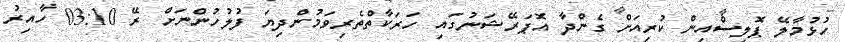
ހުޅުމާލޭ ޕޮލިސްއިން ކުރިއަށް ގެންދާ އޮޕަރޭޝަނުގައި ހަރަކާތްތެރިވަމުންދިޔަ ފުލުހުންނަށް ރޭ 03:10 ހާއިރު